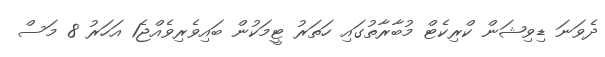
ދެވަނަ ޑިވިޝަން ކްރިކެޓް މުބާރާތުގައި ހަތަރު ޓީމަކުން ބައިވެރިވެއްޖެ1 އަހަރު 8 މަސް